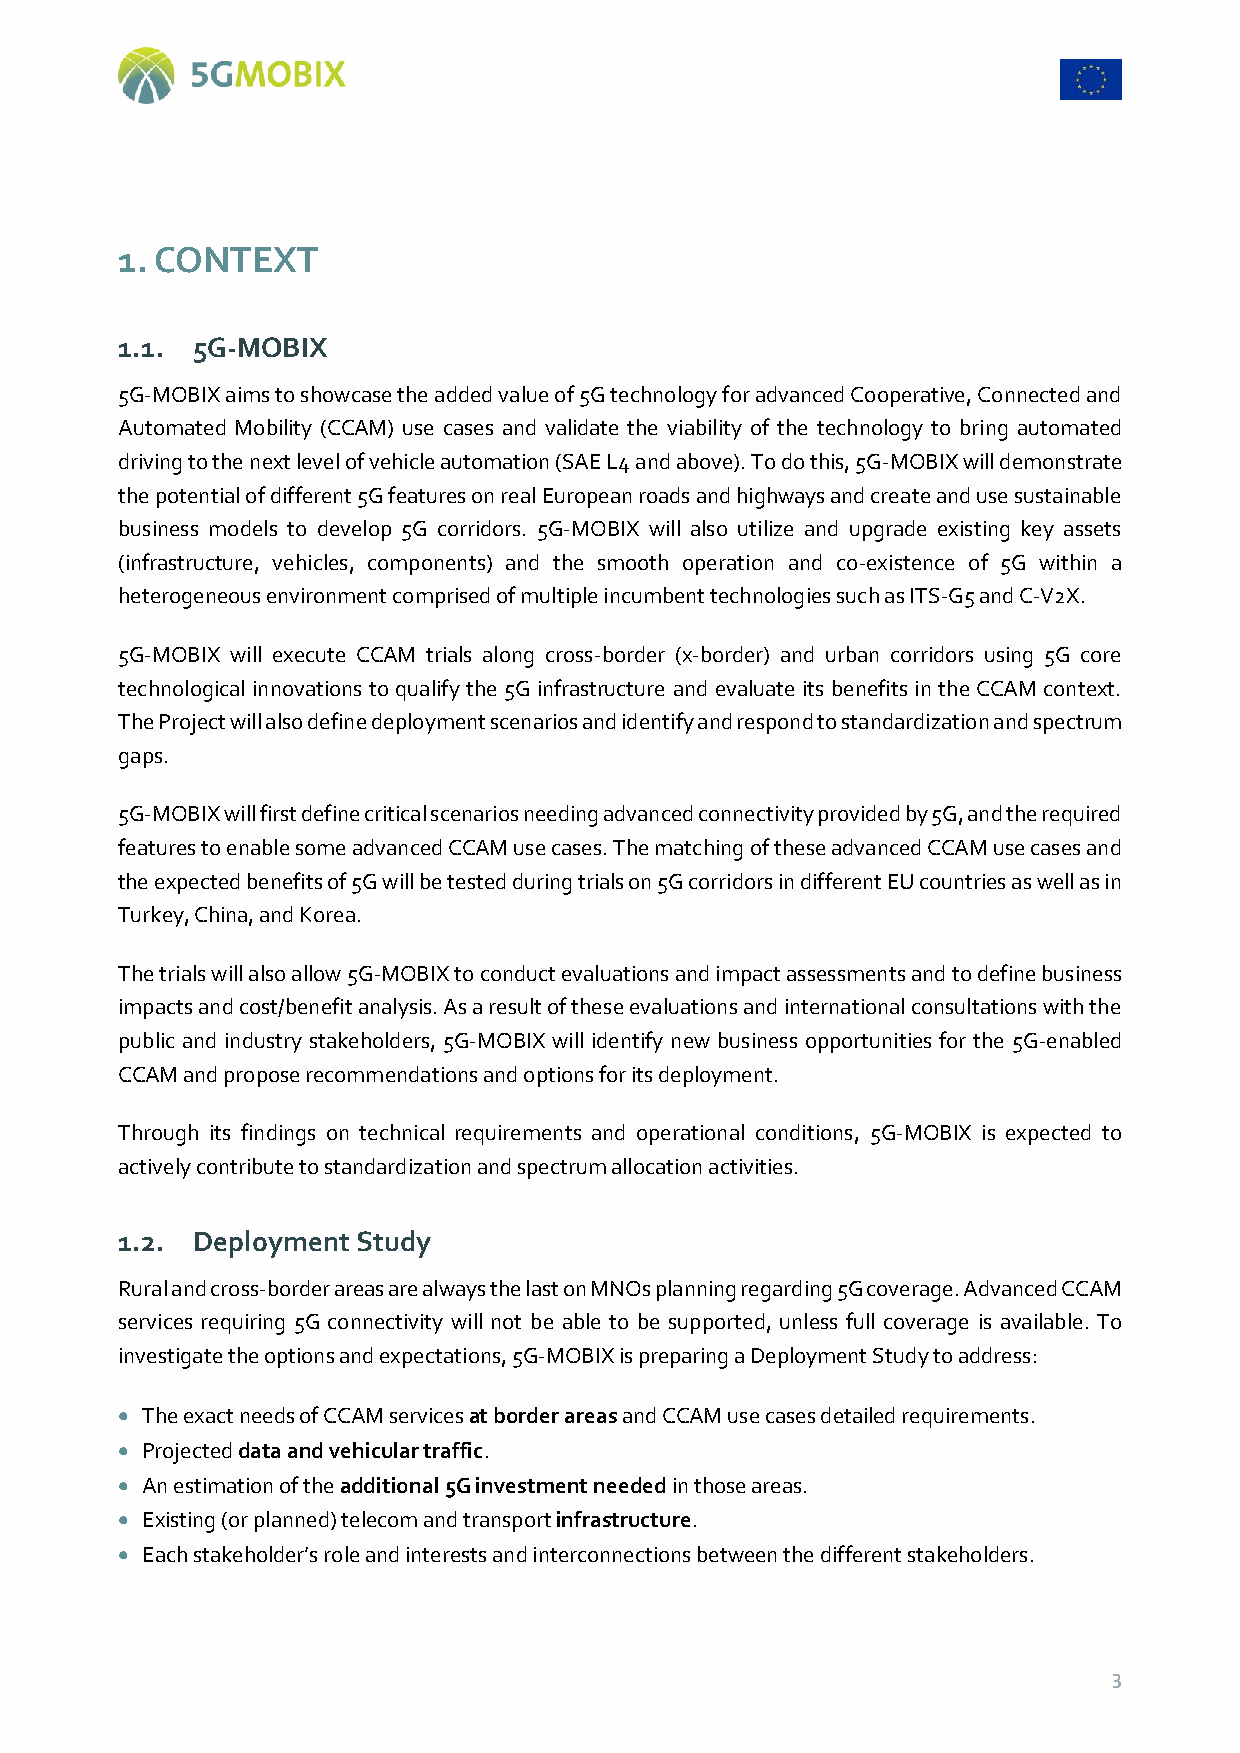
1. CONTEXT
 1.1. 5G-MOBIX
 5G-MOBIX aims to showcase the added value of 5G technology for advanced Cooperative, Connected and
 Automated Mobility (CCAM) use cases and validate the viability of the technology to bring automated
 driving to the next level of vehicle automation (SAE L4 and above). To do this, 5G-MOBIX will demonstrate
 the potential of different 5G features on real European roads and highways and create and use sustainable
 business models to develop 5G corridors. 5G-MOBIX will also utilize and upgrade existing key assets
 (infrastructure, vehicles, components) and the smooth operation and co-existence of 5G within a
 heterogeneous environment comprised of multiple incumbent technologies such as ITS-G5 and C-V2X.
 5G-MOBIX will execute CCAM trials along cross-border (x-border) and urban corridors using 5G core
 technological innovations to qualify the 5G infrastructure and evaluate its benefits in the CCAM context.
 The Project will also define deployment scenarios and identify and respond to standardization and spectrum
 gaps.
 5G-MOBIX will first define critical scenarios needing advanced connectivity provided by 5G, and the required
 features to enable some advanced CCAM use cases. The matching of these advanced CCAM use cases and
 the expected benefits of 5G will be tested during trials on 5G corridors in different EU countries as well as in
 Turkey, China, and Korea.
 The trials will also allow 5G-MOBIX to conduct evaluations and impact assessments and to define business
 impacts and cost/benefit analysis. As a result of these evaluations and international consultations with the
 public and industry stakeholders, 5G-MOBIX will identify new business opportunities for the 5G-enabled
 CCAM and propose recommendations and options for its deployment.
 Through its findings on technical requirements and operational conditions, 5G-MOBIX is expected to
 actively contribute to standardization and spectrum allocation activities.
 1.2. Deployment Study
 Rural and cross-border areas are always the last on MNOs planning regarding 5G coverage. Advanced CCAM
 services requiring 5G connectivity will not be able to be supported, unless full coverage is available. To
 investigate the options and expectations, 5G-MOBIX is preparing a Deployment Study to address:
  The exact needs of CCAM services at border areas and CCAM use cases detailed requirements.
  Projected data and vehicular traffic.
  Αn estimation of the additional 5G investment needed in those areas.
  Existing (or planned) telecom and transport infrastructure.
  Each stakeholder’s role and interests and interconnections between the different stakeholders.
 3